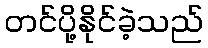
တင်ပို့နိုင်ခဲ့သည်